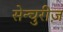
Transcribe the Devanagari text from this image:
सेन्चुरीज़